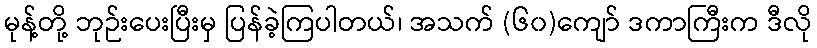
မုန့်တို့ ဘုဉ်းပေးပြီးမှ ပြန်ခဲ့ကြပါတယ်၊ အသက် (၆၀)ကျော် ဒကာကြီးက ဒီလို